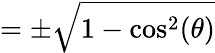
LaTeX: =\pm{\sqrt{1-\cos^{2}(\theta)}}